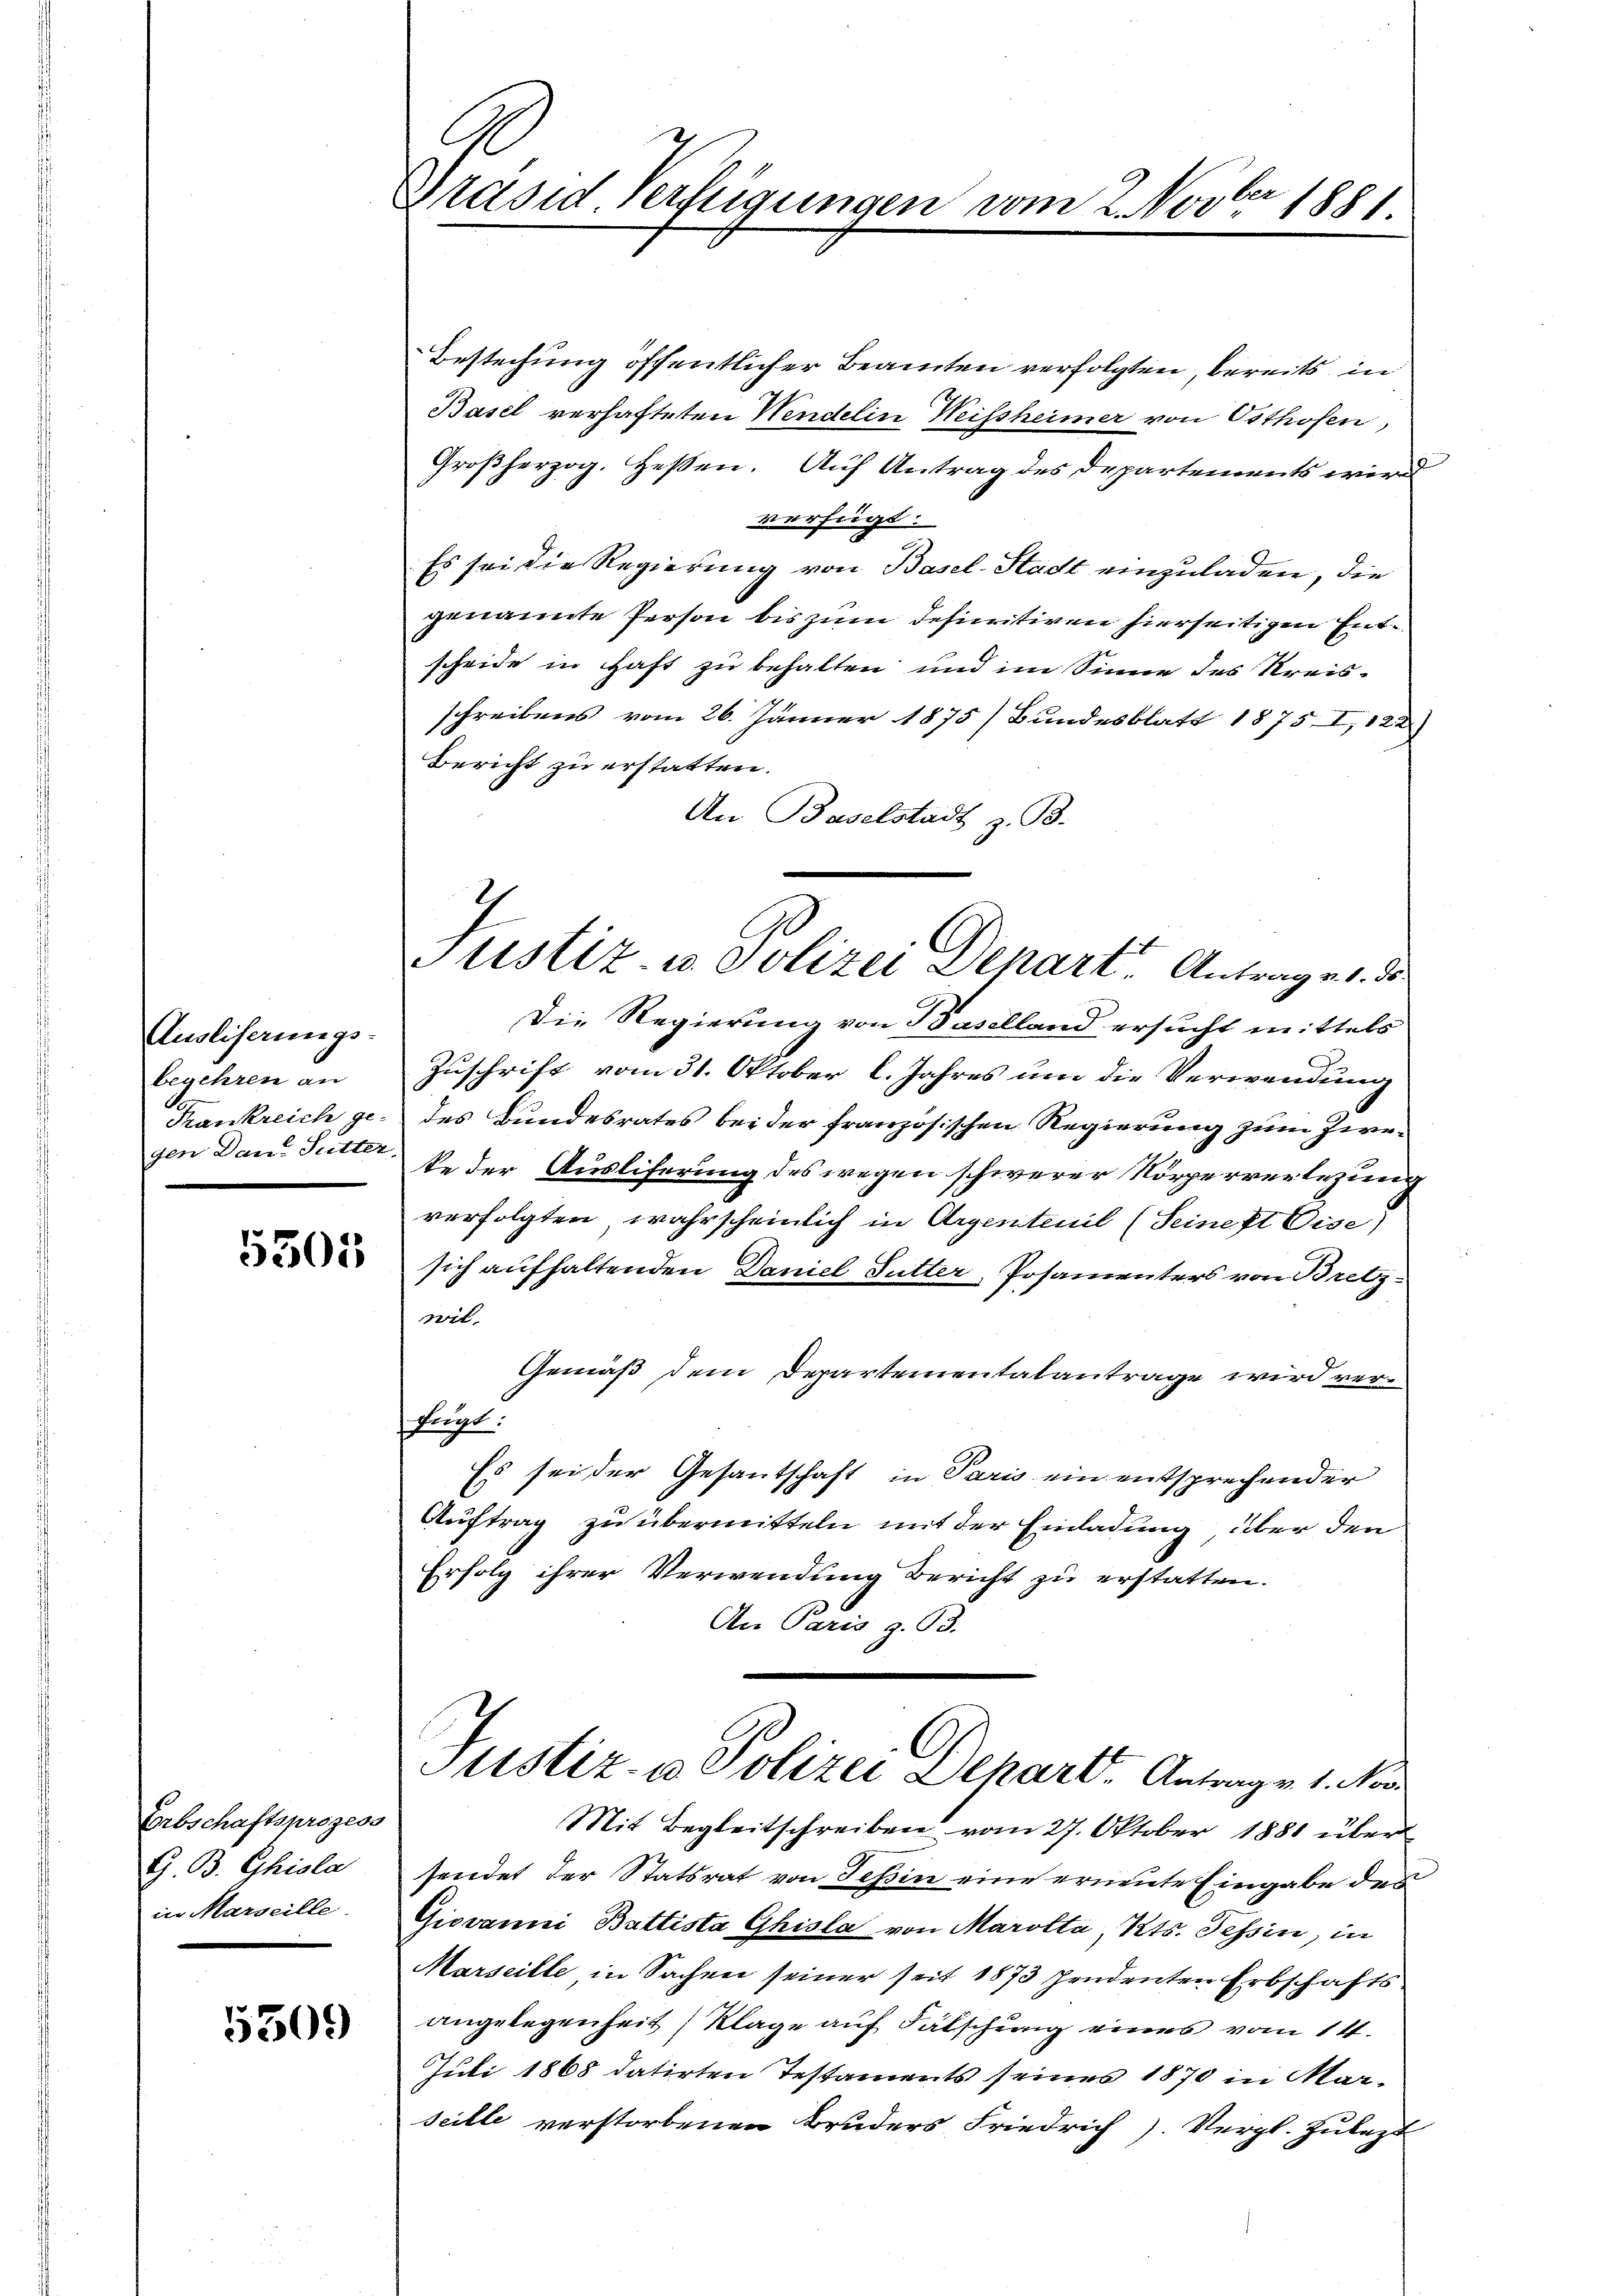
Ausliserungs-
begehren an
Trankreich ge-
gen Dan-Sutter,

5505

Erbschaftsprozess
G. B. Ghiola
in Marseille

5309

Präsid Verfügungen vom 2. Novber 1881

Justiz u. Polizei Depart Antrag v. d. d.

Bestechung öffentlicher Beamten verfolgten, bereits in
Basel verhafteten Wendelin Weissheimer von Osthofen,
Großherzog. Hessen. Auf Antrag des Departements werd
verfügt:
Es sei die Regierung von Basel-Stadt einzuladen, die
genannte Person bis zum definitiven hierseitigen Entscheide in Haft zu behalten und im Sinne des Kreisschreibens vom 26. Jänner 1875) Bundesblatt 1875 I, 122)
Bericht zu erstatten.
An Baselstadt z. B.
Die Regierung von Baselland ersucht mittels
Zuschrift vom 31. Oktober l. Jahres um die Verwendung
des Bundesrates bei der französischen Regierung zum Zwete der Ausliferung des wegen schwerer Körperverlegung
verfolgten wahrscheinlich in Argentenil (Seine et Cise)
sich aufhaltenden Daniel Futter, Posamenters von Bretzwil,
Gemäß dem Departementalantrage wird verflingt.
Es sei der Gesantschaft in Paris ein entsprechender
Auftrag zu übermitteln mit der Einladung, über den
Erfolg ihrer Verwendung Bericht zu erstatten.
An Paris z. 93.
Justiz- & Polizei Depart. Antragen 1. No
Mit Begleitschreiben vom 27. Oktober 1881 über
sendet der Statsrat von Tessin eine erneute Eingabe des
Giovanni Battista Ghisla von Marolta Kts. Tessin, in
Marseille in Sachen seiner seit 1873 pendenten Erbschafts-
angelegenheit (Klage auf Fälschung eines vom 14.
Juli 1868 datirten Testaments seines 1870 in Mar-
seille verstorbenen Bruders Friedrich). Vergl. Zulezt